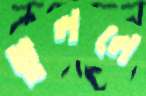
ভুললে